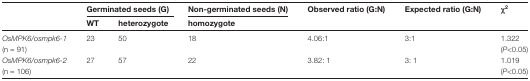
<table><thead><tr><td rowspan="2"></td><td colspan="2"><b>Germinated seeds (G)</b></td><td><b>Non-germinated seeds (N)</b></td><td rowspan="2"><b>Observed ratio (G:N)</b></td><td rowspan="2"><b>Expected ratio (G:N)</b></td><td rowspan="2"><b>χ<sup>2</sup></b></td></tr><tr><td><b>WT</b></td><td><b>heterozygote</b></td><td><b>homozygote</b></td></tr></thead><tbody><tr><td><i>OsMPK6/osmpk6-1</i> (n = 91)</td><td>23</td><td>50</td><td>18</td><td>4.06:1</td><td>3:1</td><td>1.322 (<i>P</i>&lt;0.05)</td></tr><tr><td><i>OsMPK6/osmpk6-2</i> (n = 106)</td><td>27</td><td>57</td><td>22</td><td>3.82: 1</td><td>3: 1</td><td>1.019 (<i>P</i>&lt;0.05)</td></tr></tbody></table>